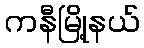
ကနီမြို့နယ်